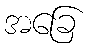
အခြေ